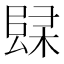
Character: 𲉚